Source: Handwritten
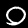
Digit: ၀ (0)